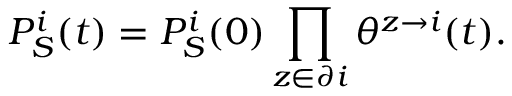
P _ { S } ^ { i } ( t ) = P _ { S } ^ { i } ( 0 ) \prod _ { z \in \partial i } \theta ^ { z \rightarrow i } ( t ) .